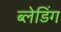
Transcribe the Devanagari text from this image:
ब्लेडिंग